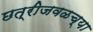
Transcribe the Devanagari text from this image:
छत्रीजवळच्या